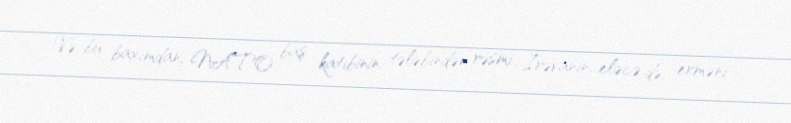
Və bu baxımdan, NATO baş katibinin tələbindən rəsmi İrəvanın, eləcə də, erməni